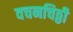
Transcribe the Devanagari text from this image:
वचनचिठ्ठी